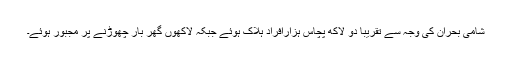
شامی بحران کی وجہ سے تقریبا دو لاکھ پچاس ہزارافراد ہلاک ہوئے جبکہ لاکھوں گھر بار چھوڑنے پر مجبور ہوئے۔